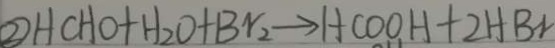
\textcircled { 2 } H C H O + H _ { 2 } O + B r _ { 2 } \rightarrow H C O O H + 2 H B r